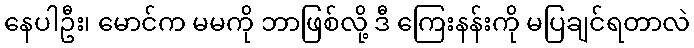
နေပါဦး၊ မောင်က မမကို ဘာဖြစ်လို့ ဒီ ကြေးနန်းကို မပြချင်ရတာလဲ